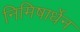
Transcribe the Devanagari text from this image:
निमिषार्धेन